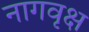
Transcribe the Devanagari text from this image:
नागवृक्ष